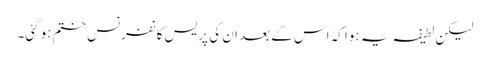
لیکن لطیفہ یہ ہوا کہ اس کے بعد ان کی پریس کانفرنس ختم ہو گئی۔